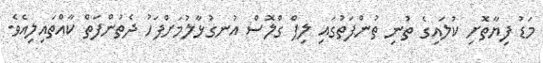
މަޑު ފިޔާތޮށި ކުލައިގެ ތުނި ތުންފަތުގައި ލިޕް ގްލޮސް އުނގުޅާލުމަށްފަހު ދެތުންފަތް ކާއްތައިލިއެވެ.